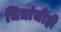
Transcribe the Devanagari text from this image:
चित्रांचीही